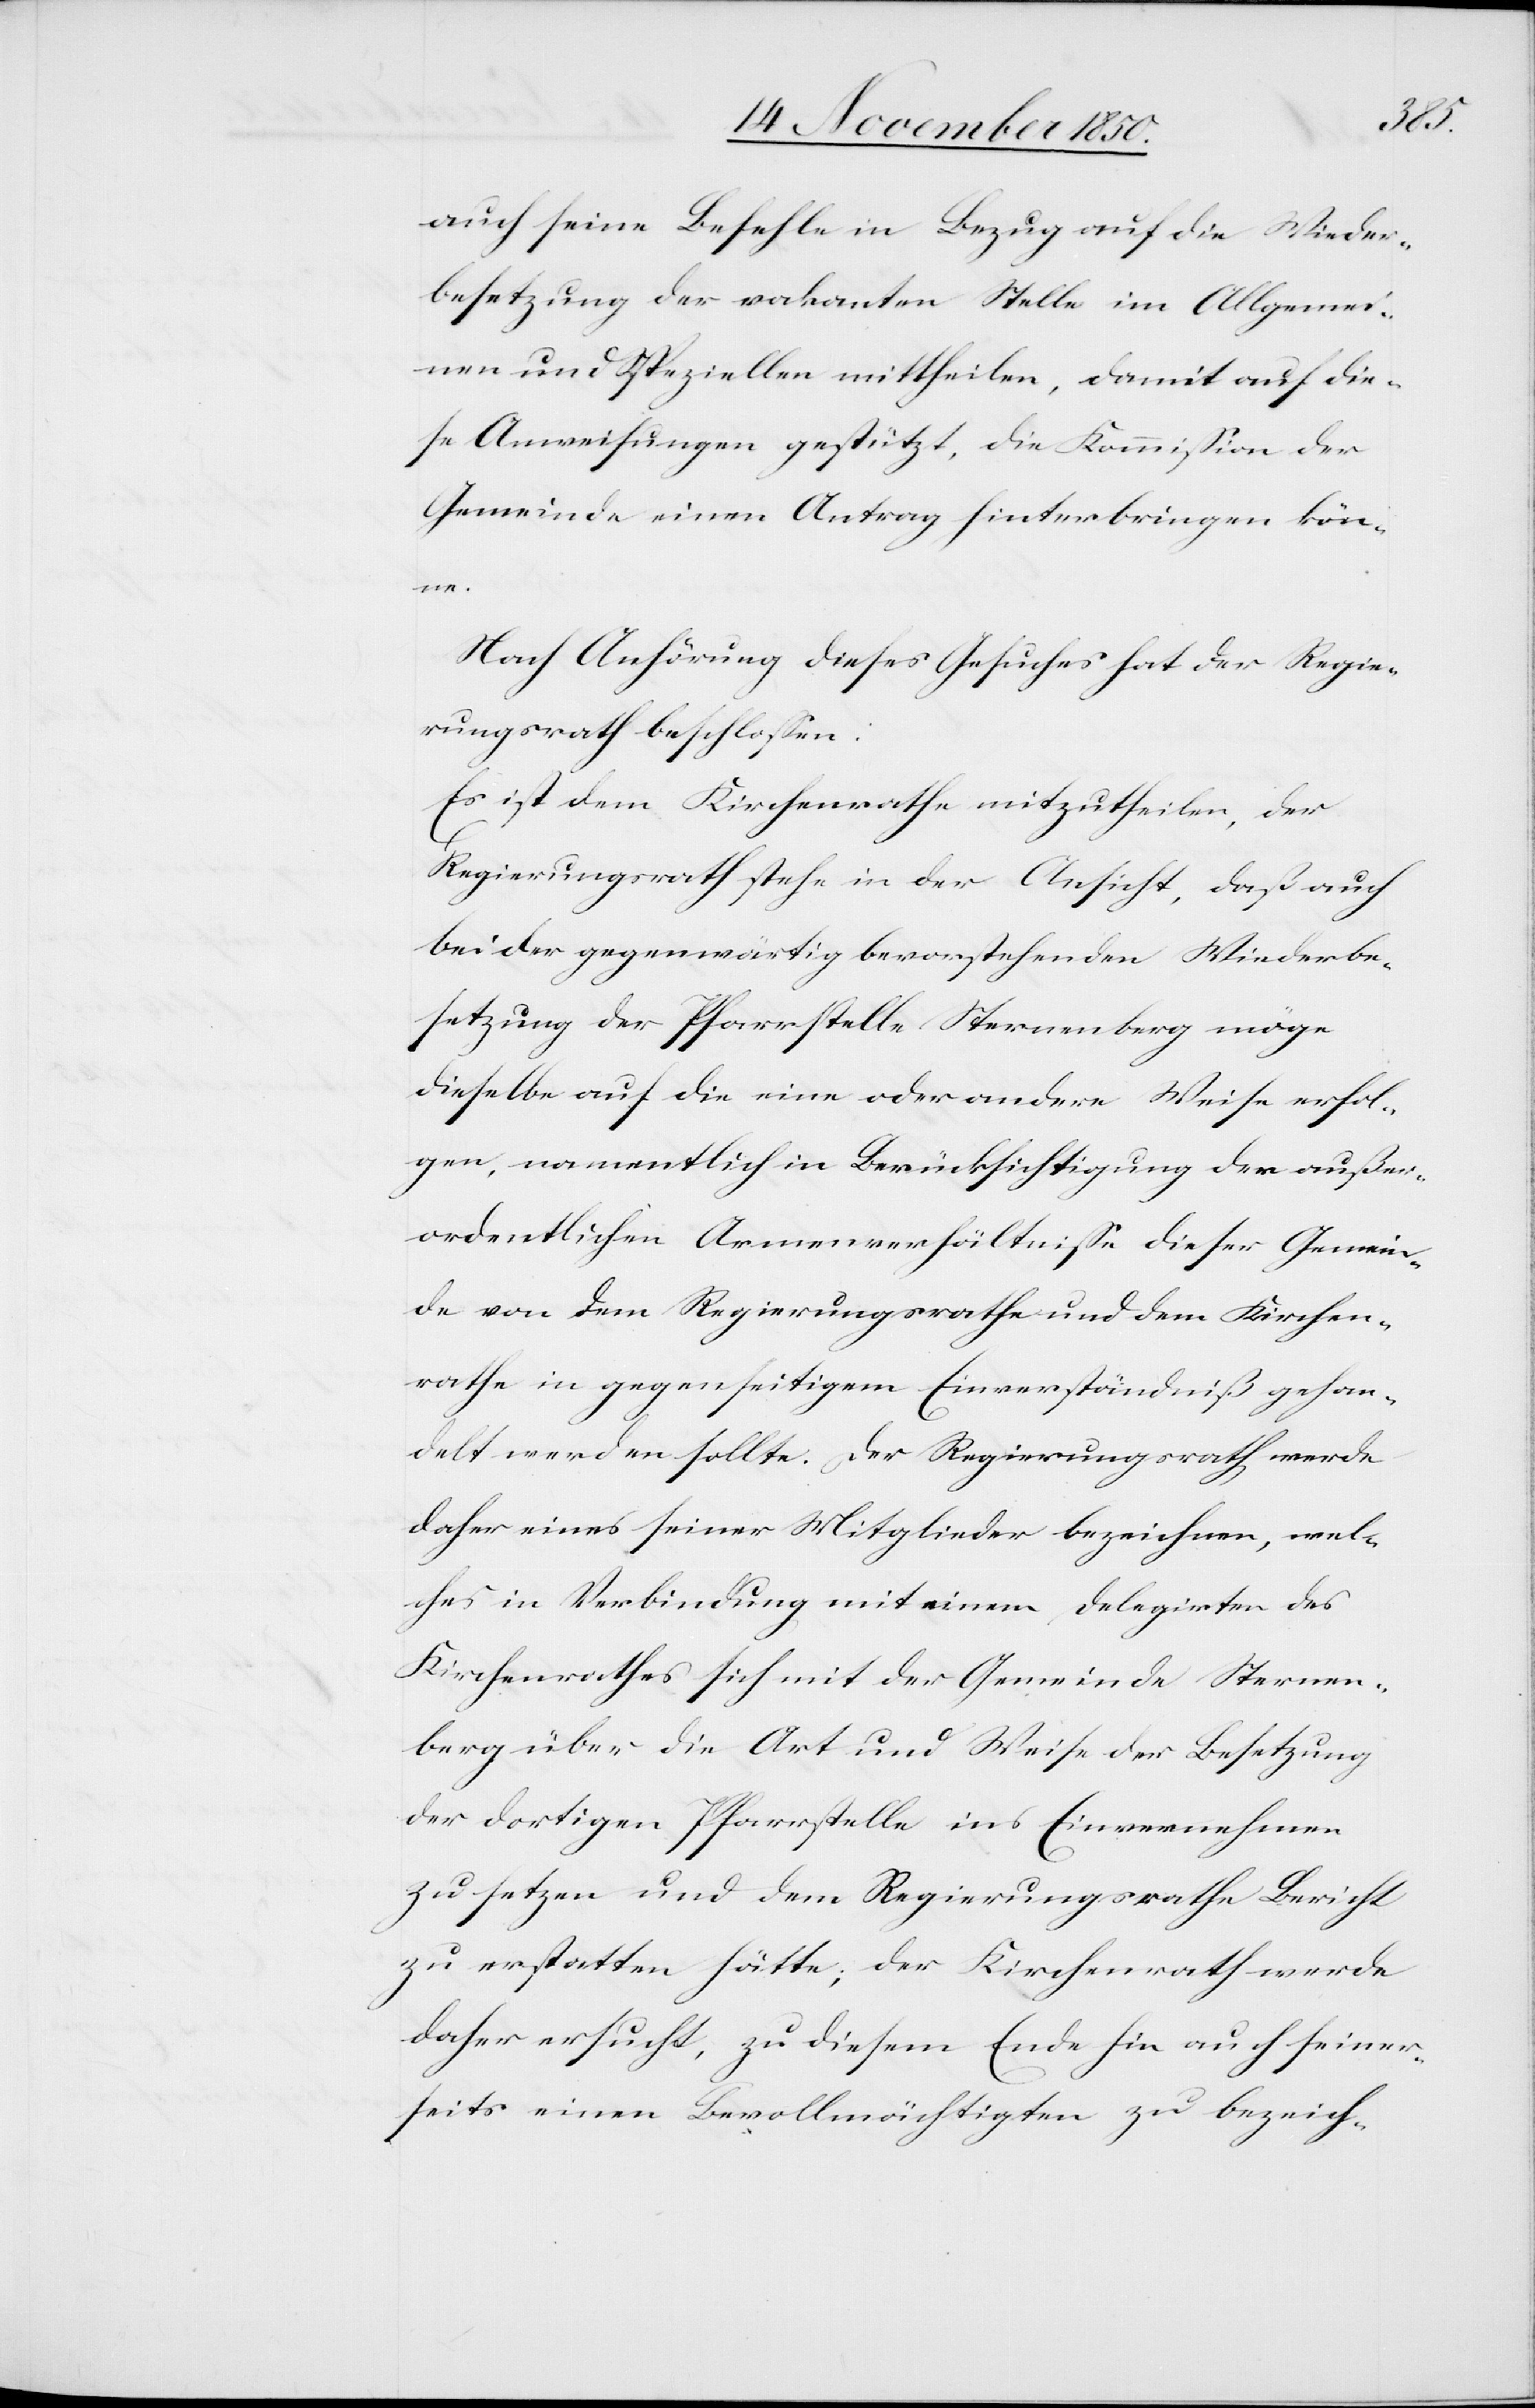
auch seine Befehle in Bezug auf die Wider¬
besetzung der vakanten Stelle im Allgemei¬
nen und Speziellen mittheilen, damit auf die¬
se Anweisungen gestützt, die Kommission der
Gemeinde einen Antrag hinterbringen kön¬
ne.
Nach Anhörung dieses Gesuches hat der Regie¬
rungsrath beschlossen:
Es ist dem Kirchenrathe mitzutheilen, der
Regierungsrath stehe in der Ansicht, daß auch
bei der gegenwärtig bevorstehenden Wiederbe¬
setzung der Pfarrstelle Sternenberg möge
dieselbe auf die eine oder andere Weise erfol¬
gen, namentlich in Berücksichtigung der außer¬
ordentlichen Armenverhältnisse dieser Gemein¬
de von dem Regierungsrathe und dem Kirchen¬
rathe in gegenseitigem Einverständniß gehan¬
delt werden sollte. Der Regierungsrath werde
daher eines seiner Mitglieder bezeichnen, wel¬
ches in Verbindung mit einem Delegirten des
Kirchenrathes sich mit der Gemeinde Sternen¬
berg über die Art und Weise der Besetzung
der dortigen Pfarrstelle ins Einvernehmen
zu setzen und dem Regierungsrathe Bericht
zu erstatten hätte; der Kirchenrath werde
daher ersucht, zu diesem Ende hin auch seiner¬
seits einen Bevollmächtigten zu bezeich-